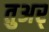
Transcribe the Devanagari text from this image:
तुअर्